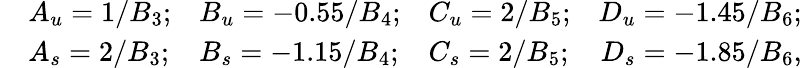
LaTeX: \begin{array}{clllr}{{}}&{{A_{u}=1/B_{3};}}&{{B_{u}=-0.55/B_{4};}}&{{C_{u}=2/B_{5};}}&{{D_{u}=-1.45/B_{6};}}\\ {{}}&{{A_{s}=2/B_{3};}}&{{B_{s}=-1.15/B_{4};}}&{{C_{s}=2/B_{5};}}&{{D_{s}=-1.85/B_{6},}}\end{array}